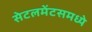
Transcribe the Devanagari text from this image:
सेटलमेंटसमध्ये